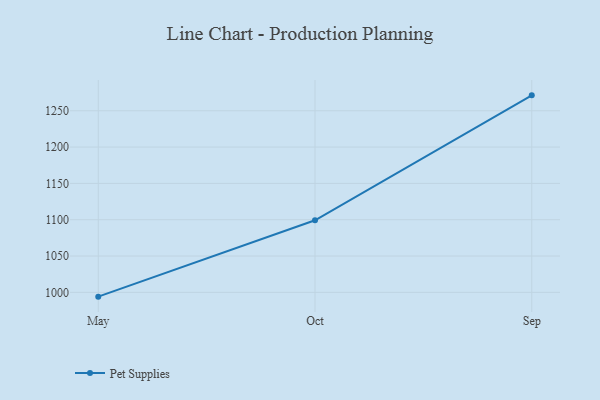
{"axis": {"x": "Month", "y": "Churn Rate (%)"}, "legend": ["Pet Supplies"], "data": [{"x": "May", "y": 994.1, "type": "Pet Supplies"}, {"x": "Oct", "y": 1099.2, "type": "Pet Supplies"}, {"x": "Sep", "y": 1271.2, "type": "Pet Supplies"}]}